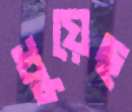
ধুয়েছ